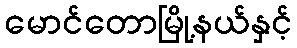
မောင်တောမြို့နယ်နှင့်